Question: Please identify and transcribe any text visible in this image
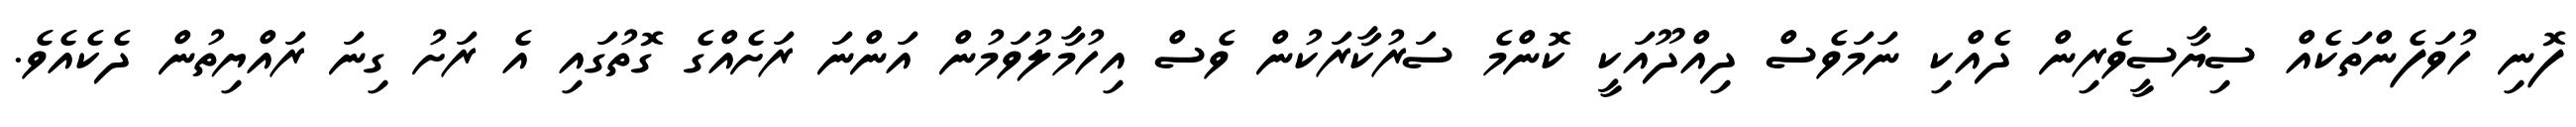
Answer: ފޮނި ހުވަފެންތަކެއް ސިޔާސީވެރިން ދެއްކި ނަމަވެސް ދިއްދޫއަކީ ކޮންމެ ސަރުކާރަކުން ވެސް އިހުމާލުވަމުން އަންނަ ރަށެއްގެ ގޮތުގައި އެ ރަށު ގިނަ ރައްޔިތުން ދެކެއެވެ.